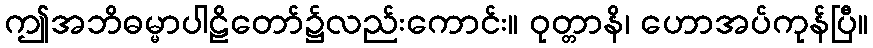
ဤအဘိဓမ္မာပါဠိတော်၌လည်းကောင်း။ ဝုတ္တာနိ၊ ဟောအပ်ကုန်ပြီ။